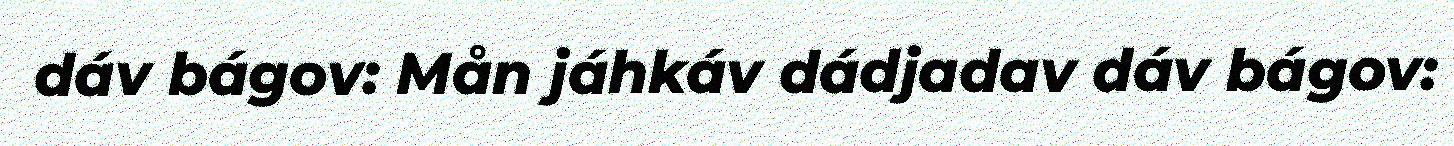
dáv bágov: Mån jáhkáv dádjadav dáv bágov: